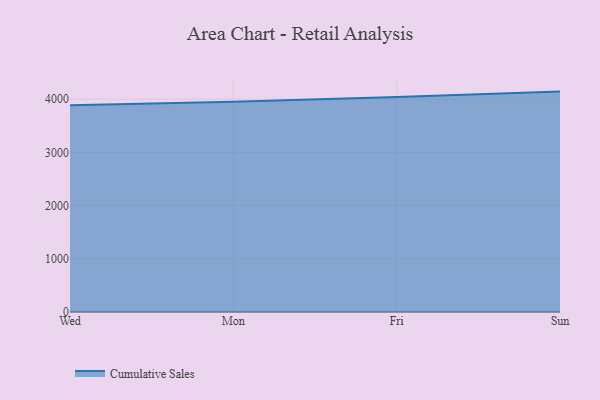
{"axis": {"x": "Day", "y": "Inventory Turnover"}, "legend": ["Cumulative Sales"], "data": [{"x": "Wed", "y": 3888.6, "type": "Cumulative Sales"}, {"x": "Mon", "y": 3953.6, "type": "Cumulative Sales"}, {"x": "Fri", "y": 4040.4, "type": "Cumulative Sales"}, {"x": "Sun", "y": 4143.1, "type": "Cumulative Sales"}]}